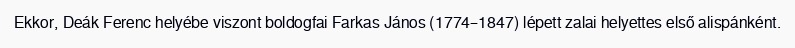
Ekkor, Deák Ferenc helyébe viszont boldogfai Farkas János (1774–1847) lépett zalai helyettes első alispánként.